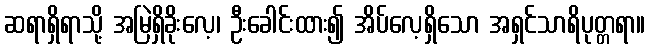
ဆရာရှိရာသို့ အမြဲရှိခိုးလေ့၊ ဦးခေါင်းထား၍ အိပ်လေ့ရှိသော အရှင်သာရိပုတ္တရာ။